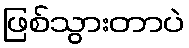
ဖြစ်သွားတာပဲ